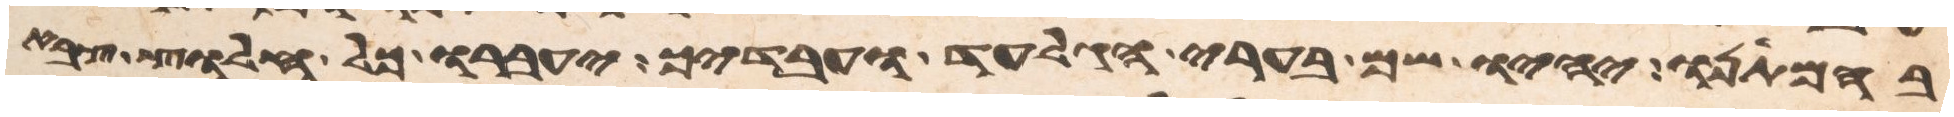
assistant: בהמתנו יהיו שם בערי הגלעד ועבדיך יעברו כל חלוץ צבא